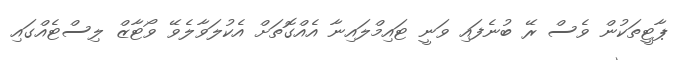
ޕާޓީތަކުން ވެސް ރޭ ބުނެފައި ވަނީ ޓައިމްލައިނާ އެއްގޮތަށް އެކުލަވާލެވޭ ވޯޓާޒް ލިސްޓެއްގައި